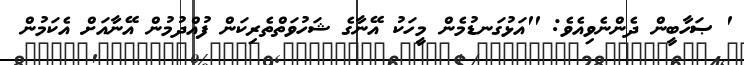
' ޞަހާބީން ދެންނެވިއެވެ: ''އަޅުގަނޑުމެން މީހަކު އޭނާގެ ޝަހުވަތްތެރިކަން ފުއްދުމުން އޭނާއަށް އެކަމުން